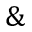
\&